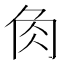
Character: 𧢲